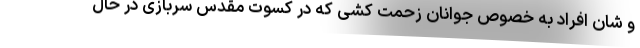
و شان افراد به خصوص جوانان زحمت کشی که در کسوت مقدس سربازی در حال